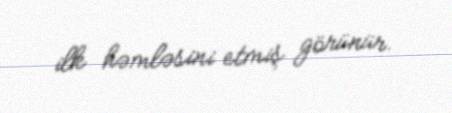
ilk həmləsini etmiş görünür.